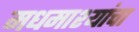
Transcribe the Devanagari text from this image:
मधमाश्यांंचा